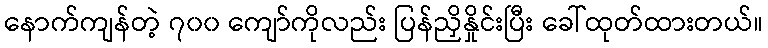
နောက်ကျန်တဲ့ ၇၀၀ ကျော်ကိုလည်း ပြန်ညှိနှိုင်းပြီး ခေါ်ထုတ်ထားတယ်။